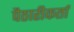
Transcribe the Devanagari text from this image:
पैठारीकर्ता